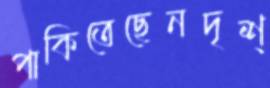
পাকিতেছেনদৃশ্